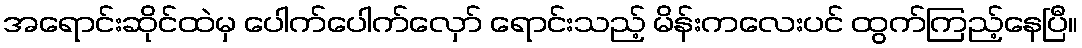
အရောင်းဆိုင်ထဲမှ ပေါက်ပေါက်လှော် ရောင်းသည့် မိန်းကလေးပင် ထွက်ကြည့်နေပြီ။